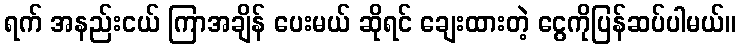
ရက် အနည်းငယ် ကြာအချိန် ပေးမယ် ဆိုရင် ချေးထားတဲ့ ငွေကိုပြန်ဆပ်ပါမယ်။